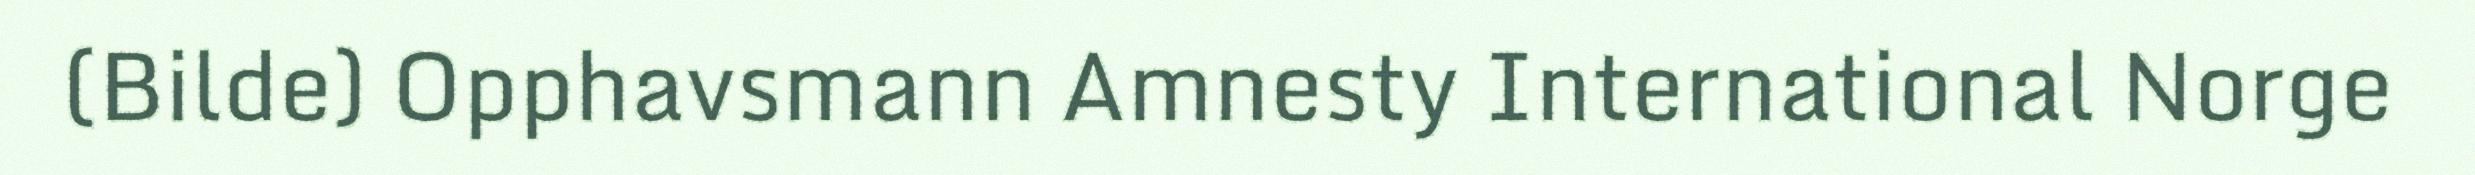
(Bilde) Opphavsmann Amnesty International Norge